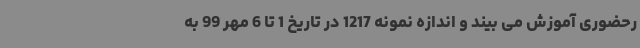
رحضوری آموزش می بیند و اندازه نمونه 1217 در تاریخ 1 تا 6 مهر 99 به